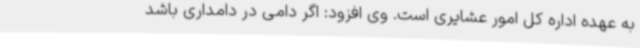
به عهده اداره کل امور عشایری است. وی افزود: اگر دامی در دامداری باشد